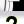
Digit: 2